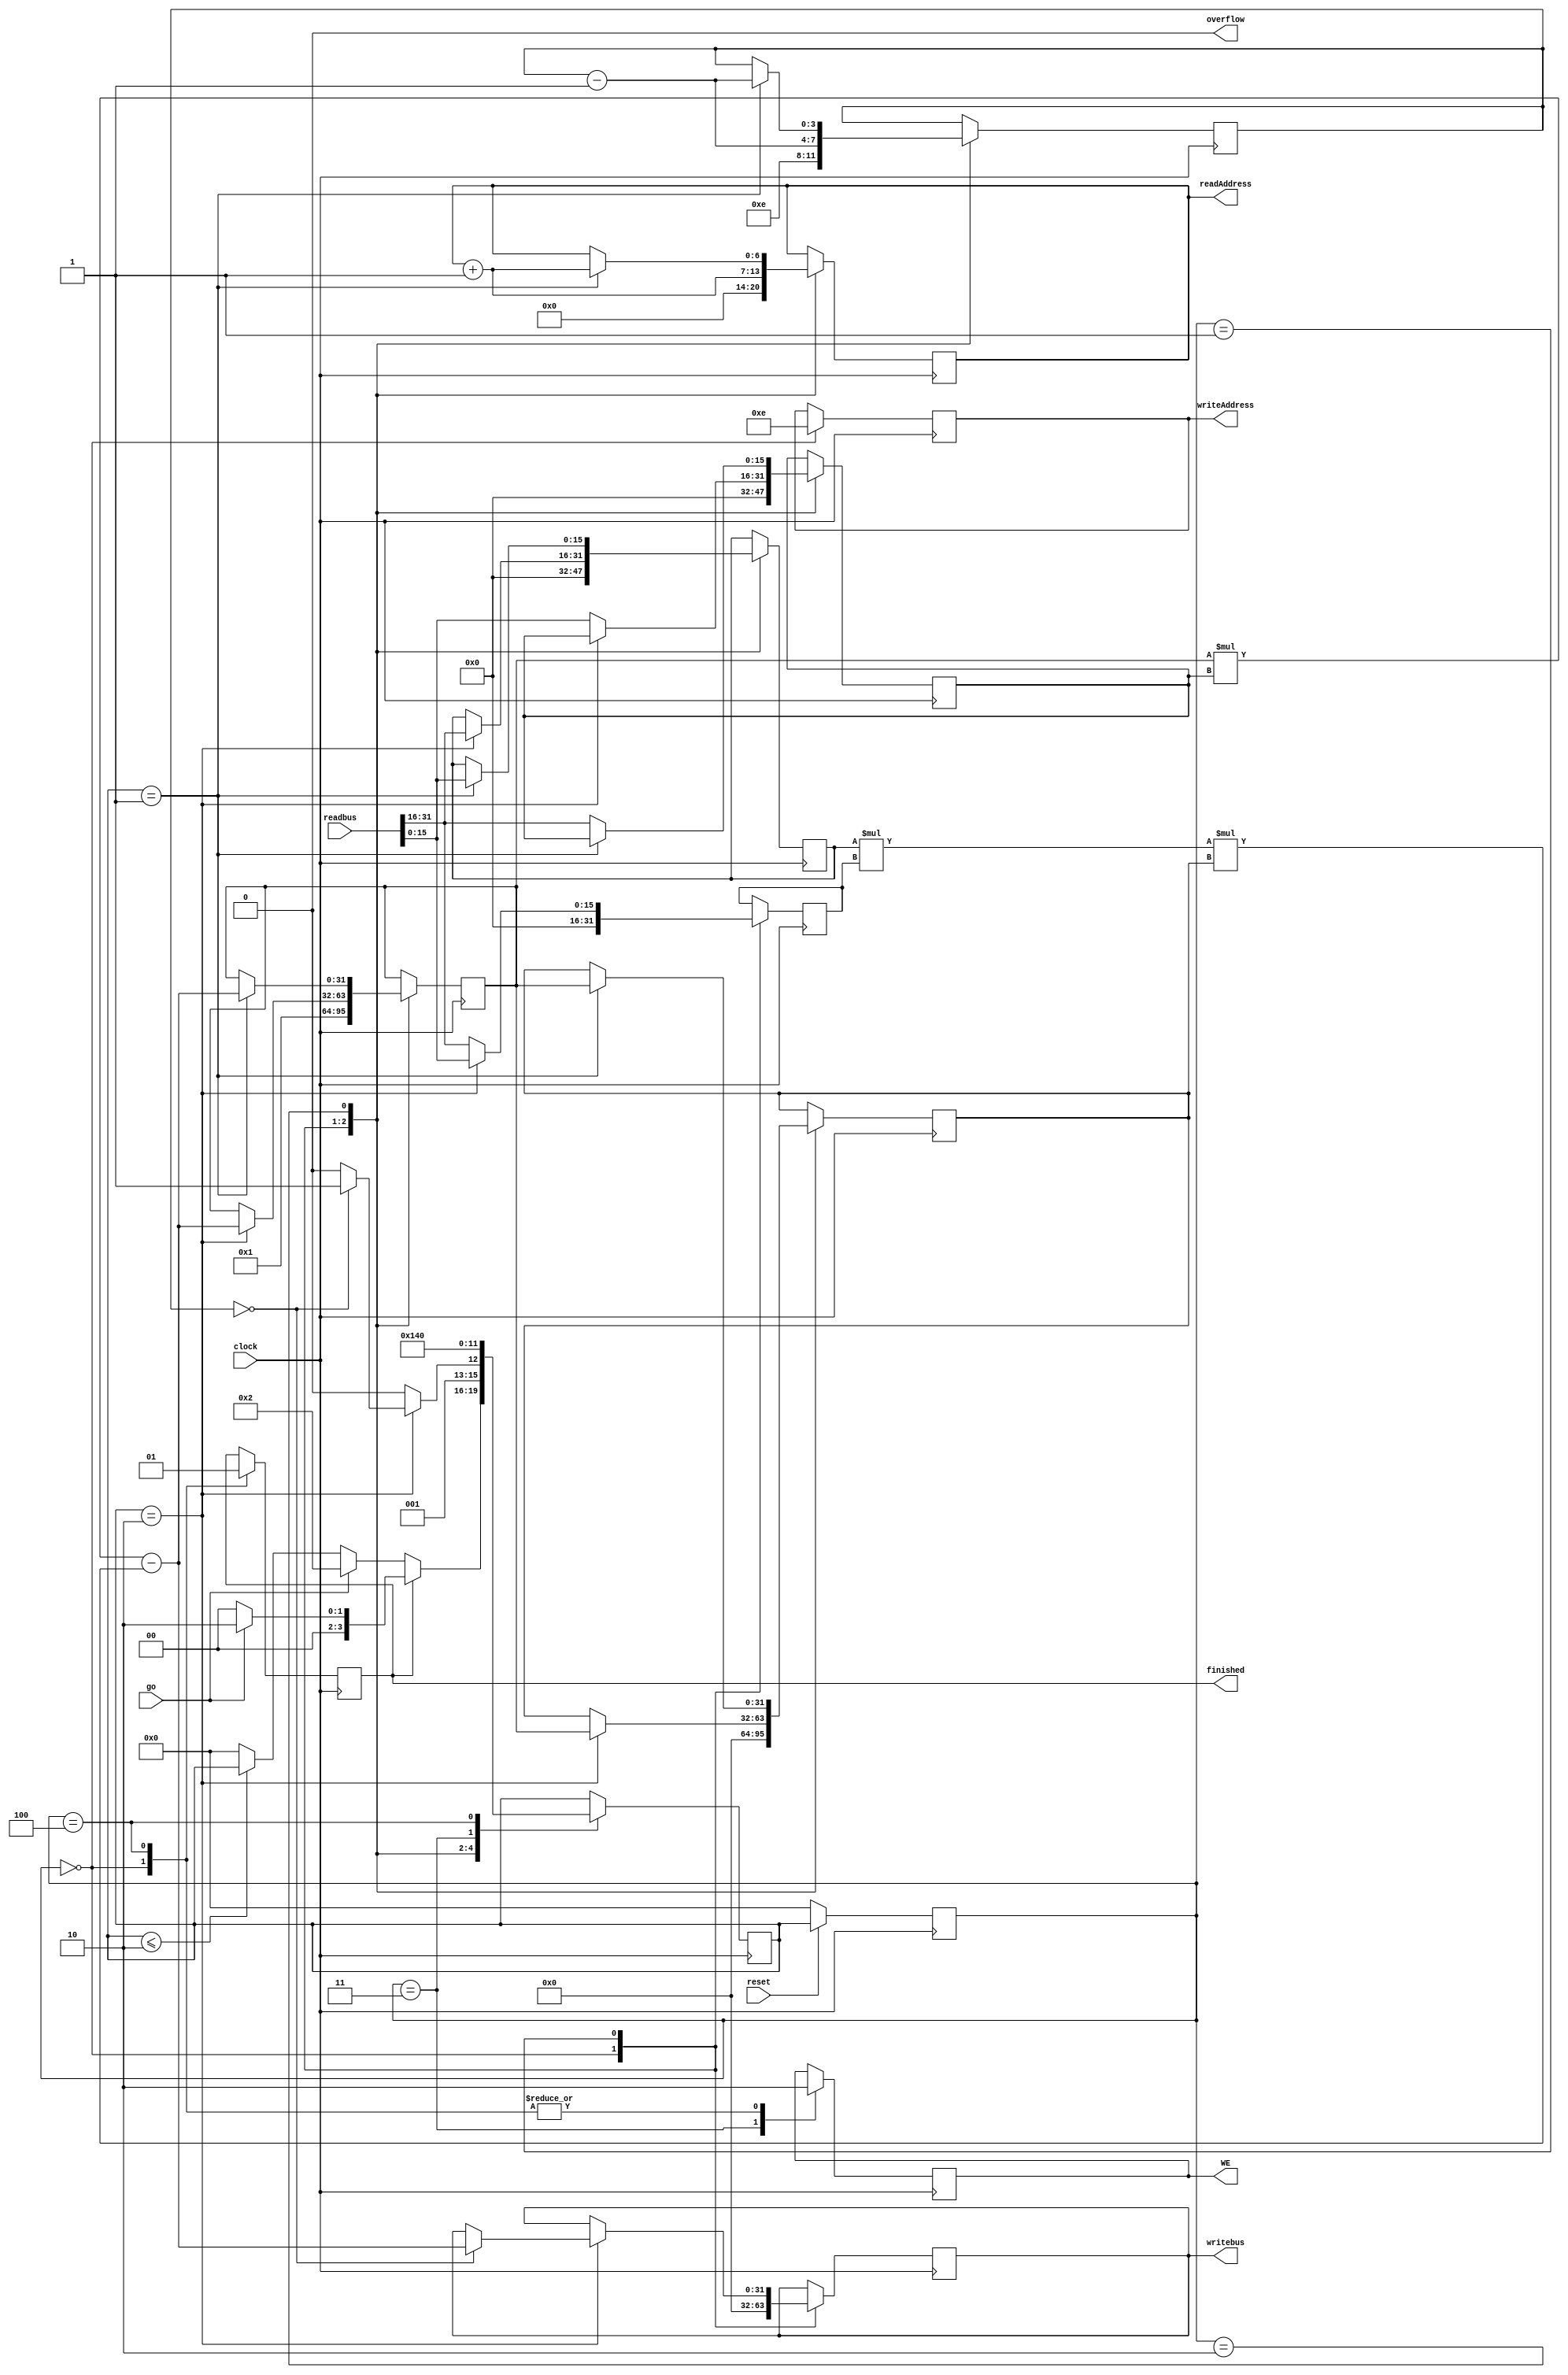
/* Module for calculating the determinant of a tridiagonal matrix.
   Built to interact with SRAM. 
   Daniel Sami
   Fall 2016
*/

`define WRITE_ADDRESS_POSITION 4'b1110 
`define COUNTER_INIT_VALUE 4'b1110

module Det (clock, reset,go,readAddress, writeAddress,
	    WE,readbus,writebus,overflow,finished);
	input clock;
	input reset; 
    	input go;

	input 	   [31:0] 	readbus;        // 32 bit read bus
	output reg [31:0]	writebus;  	    //32-bit write bus
	output reg [6:0] 	readAddress; 	// read address
	output reg [6:0]	writeAddress; 	// write address
	
    	output reg WE;

    	output     overflow; 	//overflow signal
    	output reg finished;	//finished is high when operation is done.
        
    reg [3:0] counter;  //4bit counter to iterate through SRAM	

    // for determinant input
    reg signed  [15:0] A, B, C;
    wire signed [31:0] BC, subtrahend, minuend, diff;
    reg signed  [31:0] FnMinusOne, FnMinusTwo;
    reg [3:0]  state, next_state;

    parameter WAIT          = 0;
    parameter ITERATE_A     = 1;
    parameter ITERATE_B    = 2;
    parameter WRITE_TO_SRAM = 3;
    parameter DONE          = 4;

    // FSM
    always@(posedge clock) begin
        if(!reset) state <= WAIT;
        else state <= next_state;
    end

    always@(posedge clock) begin
        
        case(state)

            // State waiting for go.
            WAIT: begin
                writebus    <= 0;
                writeAddress<= 14;
                readAddress <= 0;
                finished    <= 0;
                WE          <= 0;
                A           <= 0;
                B           <= 0;
                C           <= 0;
                FnMinusOne  <= 1;
                FnMinusTwo  <= 0;
                counter     <= `COUNTER_INIT_VALUE;
                if(go) next_state <= ITERATE_B;
                else if(next_state <= ITERATE_B) next_state <= next_state;
                else next_state <= WAIT;
                if(finished) begin
                    if(go) next_state <= ITERATE_B;
                    else   next_state <= WAIT;
                end
            end

            // Even scanning states
            ITERATE_A: begin
                writebus    <= writebus;
                finished    <= finished;
                WE          <= WE;
                next_state  <= ITERATE_B;
                readAddress <= readAddress + 1;
                if(next_state == ITERATE_B) begin
                    A           <= A;
                    B           <= readbus[31:16];
                    C           <= readbus[15:0];
                    FnMinusOne  <= diff;
                    FnMinusTwo  <= FnMinusOne;
                    counter     <= counter - 1;
                    if (!counter) begin 
                        next_state  <= WRITE_TO_SRAM;
                        writebus    <= diff;
                    end
                    else begin
                        next_state <= ITERATE_B;
                        writebus   <= writebus;
                    end
                end
                else begin
                    A           <= readbus[15:0];
                    B           <= B;
                    C           <= readbus[31:16];
                    FnMinusOne  <= FnMinusOne;
                    FnMinusTwo  <= FnMinusTwo;
                    counter     <= counter - 1;
                end
            end
            // Odd scanning states
            ITERATE_B: begin
                writebus    <= writebus;
                finished    <= finished;
                WE          <= WE;
                C           <= C;
                next_state  <= ITERATE_A;
                if(next_state == ITERATE_A) begin
                    readAddress <= readAddress + 1;
                    A           <= A;
                    B           <= readbus[15:0];
                    FnMinusOne  <= diff;
                    FnMinusTwo  <= FnMinusOne;
                    counter     <= counter - 1;
                end
                else begin
                    readAddress <= readAddress;
                    A           <= readbus[31:16];
                    B           <= B;
                    FnMinusOne  <= FnMinusOne;
                    FnMinusTwo  <= FnMinusTwo;
                    counter     <= counter;
                end
            end
            // State that writes to SRAM
            WRITE_TO_SRAM: begin
                WE  <= 1;
                next_state <= DONE;
            end

            // Completion state
            DONE: begin
                WE <= 0;
                finished <= 1;
                next_state <= WAIT;
            end

        endcase
    end

    assign BC           = B * C;
    assign minuend      = FnMinusOne * A;
    assign subtrahend   = BC * FnMinusTwo;
    assign diff         = minuend - subtrahend;
    assign overflow     = 0;

endmodule